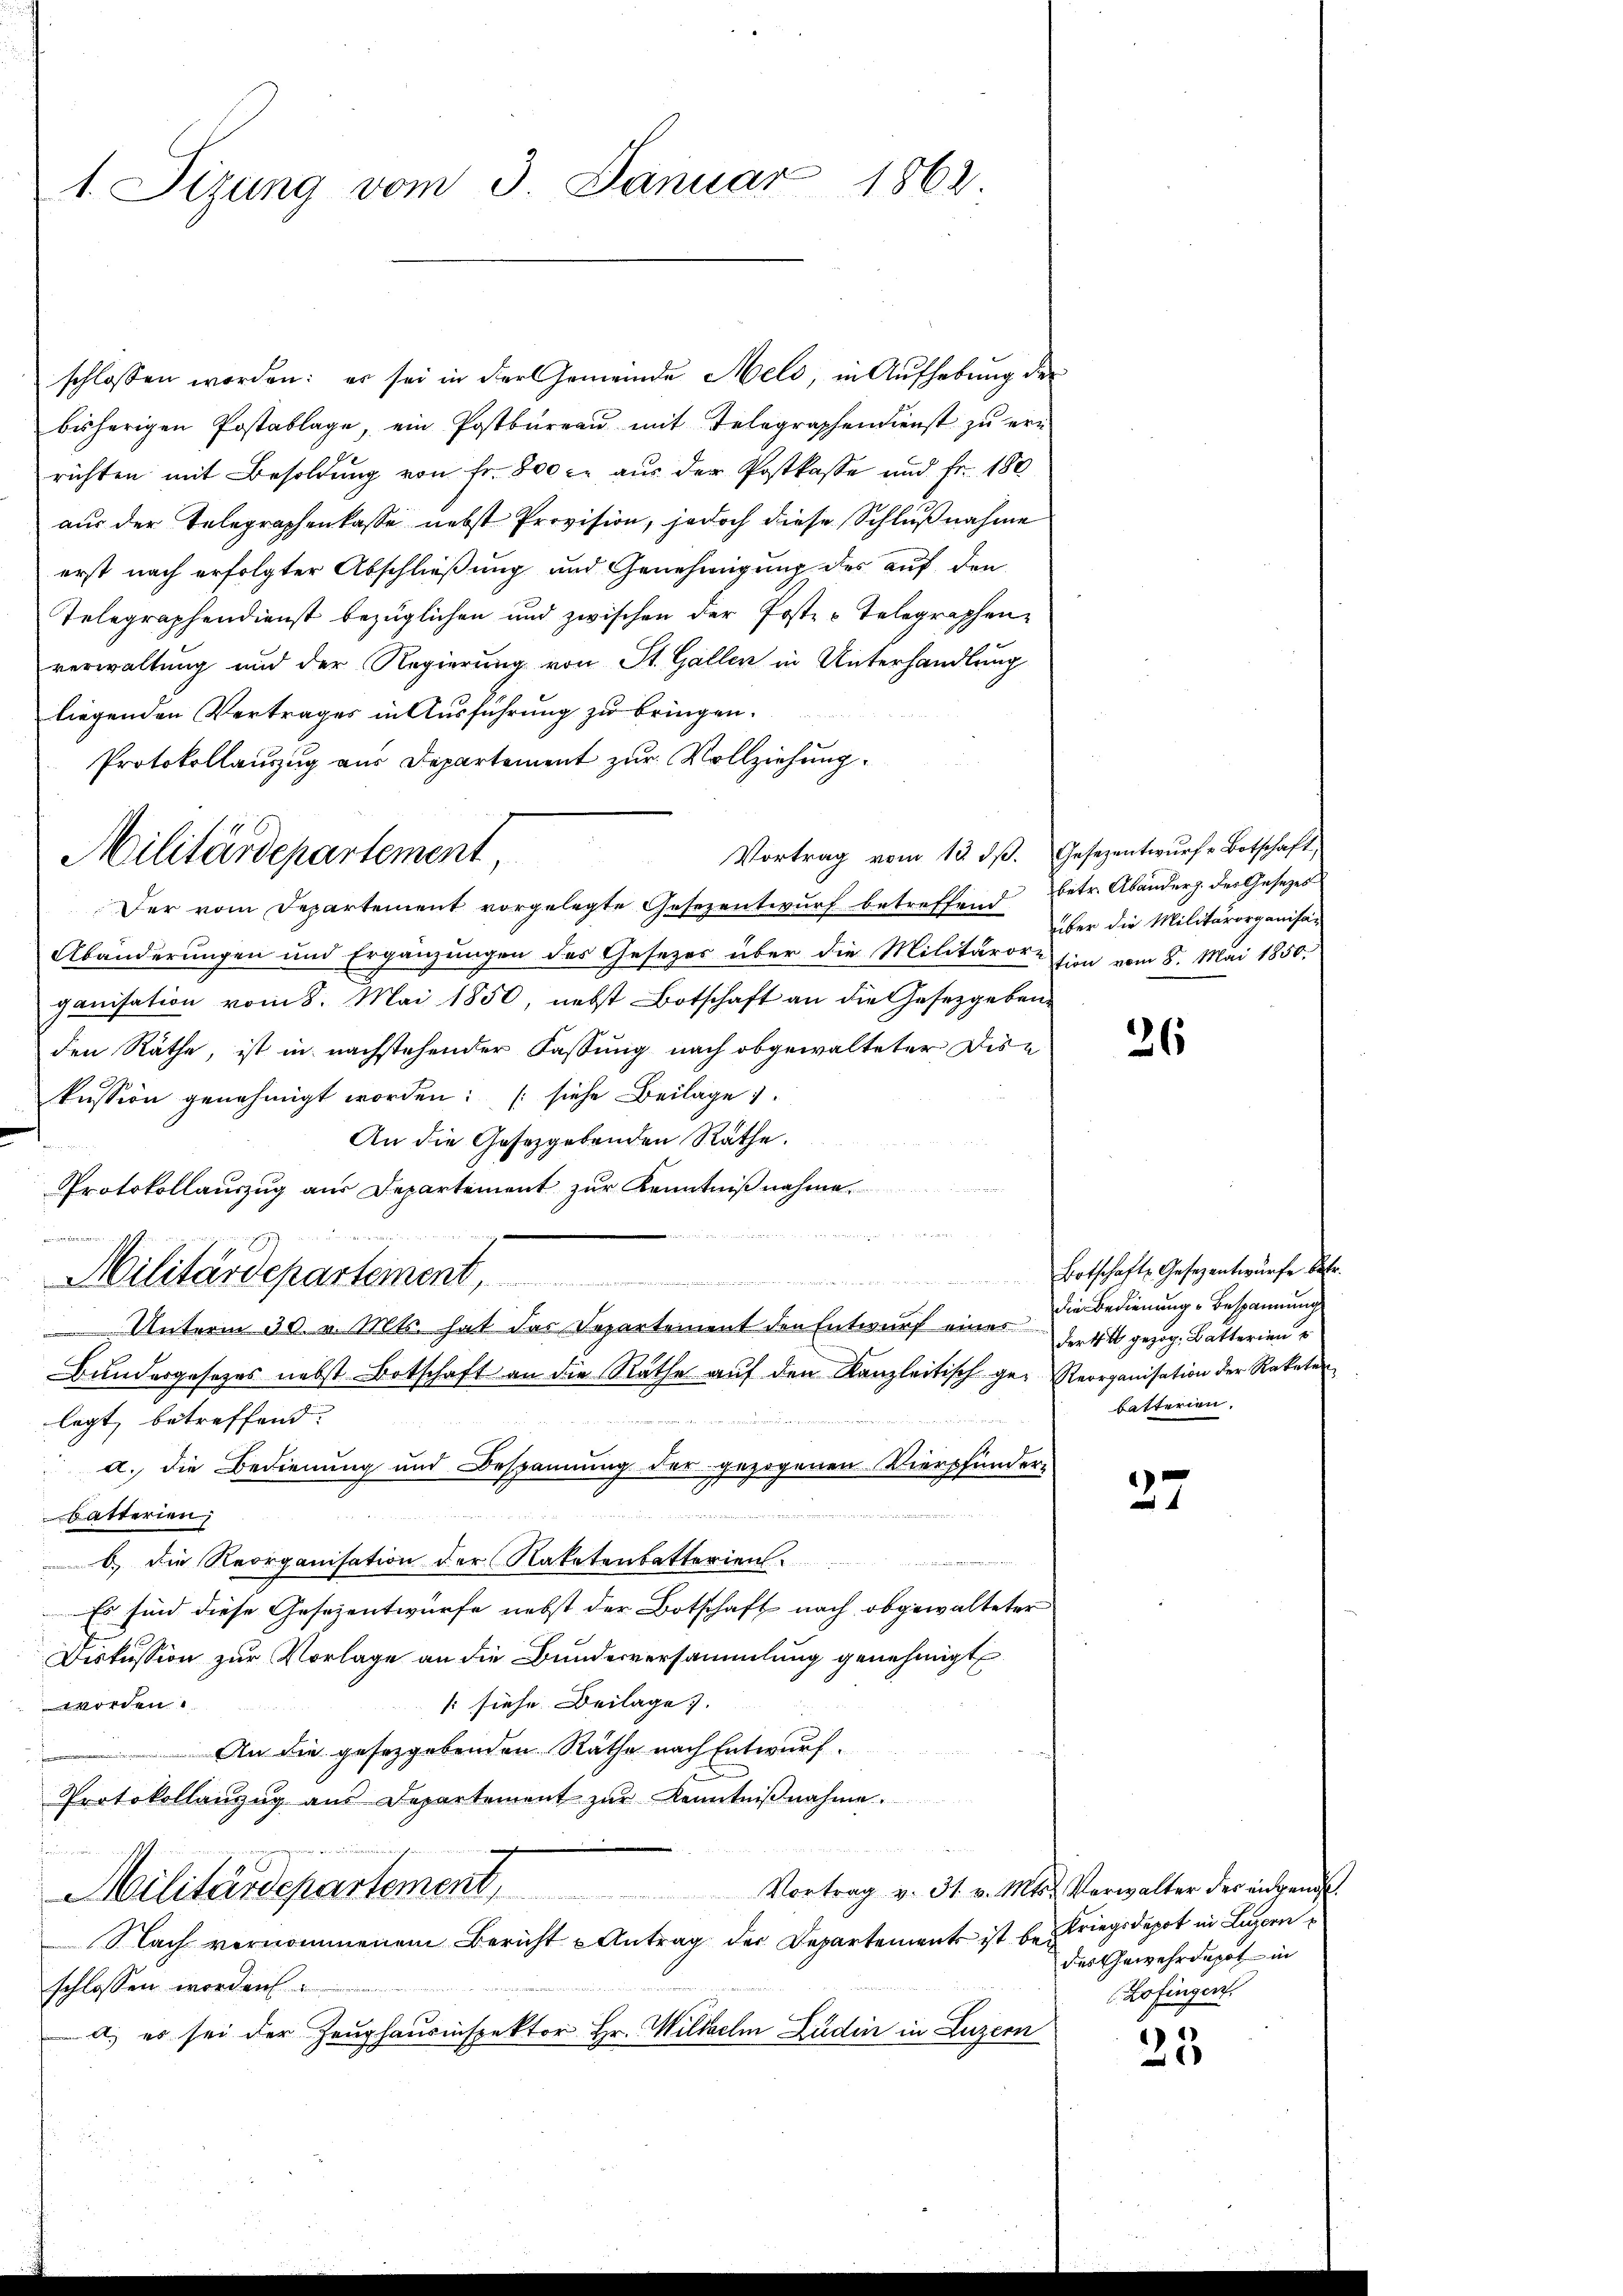
1. Sizung vom 3. Januar 1862.

schlossen worden: es sei in der Gemeinde Meld, in Aufhebung der
bisherigen Postablage, ein Postbureau mit Telegraphendienst zu ern
richten mit Besoldung von Fr. 800 c. aus der Postkasse und Fr. 180
aus der Telegraphenkasse nebst Provision, jedoch diese Schlußnahme
erst nach erfolgter Abschließung und Genehmigung des auf den
Telegraphendienst bezüglichen und zwischen der Posten Telegraphen
verwaltung und der Regierung von St. Gallen in Unterhandlung
liegenden Vertrages in Ausführung zu bringen.
Protokollauszug aus Departement zur Vollziehung.
Vortrag vom 13. dβ. Gesezentwurfe Botschaft,
Der vom Departement vorgelegte Gesezentwurf betreffend betr. Abänderz. des Gesetzes
Abänderungen und Ergänzungen des Gesetzes über die Militärorsion vom 8. Mai 1850.
ganisation vom 8. Mai 1850, nebst Botschaft an die Gesetzgeben-
den Räthe, ist in nachstehender Fassung nach obgewalteter Dire
kussion genehmigt worden: (siehe Beilage).
An die Gesetzgebenden Räthe.
Protokollauszug aus Departement zŭr Kenntniβnahm

2
Militärdepartement,
s ds Schwister de
Unterm 30. v. Mts. hat das Departement den Entwurf eines
Bundesgesetzes nebst Botschaft an die Räthe auf den Kanzleitisch ge- Reorganisation der Raketen
legt, betreffend.
a. die Bedienung und Bespannung der gezogenen Vierpfunder-

batterien
6) die Reorganisation der Naketenbatterien.
Es sind diese Gesezentwurfe nebst der Botschaft nach obgewalteter
Diskussion zur Vorlage an die Bundesversammlung genehmigt
(siehe Beilage).
worden.
An die gesetzgebenden Räthe nach Entwurf.
G
b
Protokollanzŭg aŭs Departement zŭr Kenntniβnahme.
rau
Vortrag v. 31. v. Mts. Verwalter der eigend
Militärdepartement,
Nach vernommenem Bericht Antrag der Departements ist bei Kriegsdepot in Luzern
schlossen worden
a) es sei der Zeughausinspektor Hr. Wildaelm Ludin in Luzern

Militärdepartement

über die Militärorganisa-

26

Botschaft Gesezentwürfe betr.
die Bedienung Bespannung
der 4 t gezog, Batterien
batterien.

37

des Gewehrdepot in
Zofingen.

25